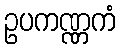
ဥပကဏ္ဏကံ